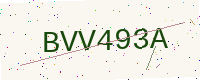
Text: BVV493A